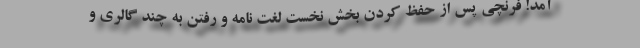
آمد! فرنچی پس از حفظ کردن بخش نخست لغت نامه و رفتن به چند گالری و